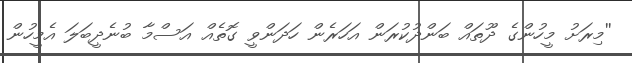
''މިރަށު މީހުންގެ ދޫތައް ބަންދުކުރަން އަހަރެން ހަދަންވީ ގޮތެއް އަސްމާ ބުނެދީބަލަ އެމީހުން